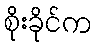
စိုးခိုင်က